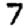
Digit: 7